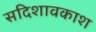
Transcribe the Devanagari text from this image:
सदिशावकाश